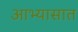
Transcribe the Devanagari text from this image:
आभ्यासात